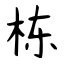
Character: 栋